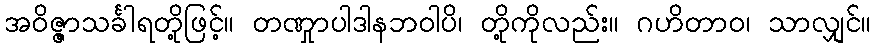
အဝိဇ္ဇာသင်္ခါရတို့ဖြင့်။ တဏှုာပါဒါနဘဝါပိ၊ တို့ကိုလည်း။ ဂဟိတာဝ၊ သာလျှင်။